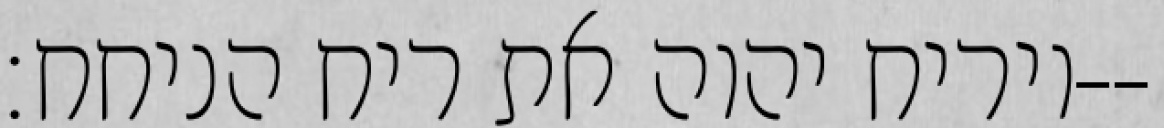
ויריח יהוה את ריח הניחח׃--